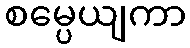
စမ္ပေယျကာ